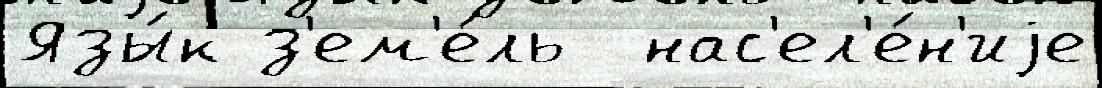
Язы́к з'ем'е́ль  нас'ел'е́н'иjе